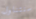
سنتناول